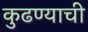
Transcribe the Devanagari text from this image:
कुढण्याची